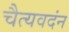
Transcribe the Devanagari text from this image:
चैत्यवदंन